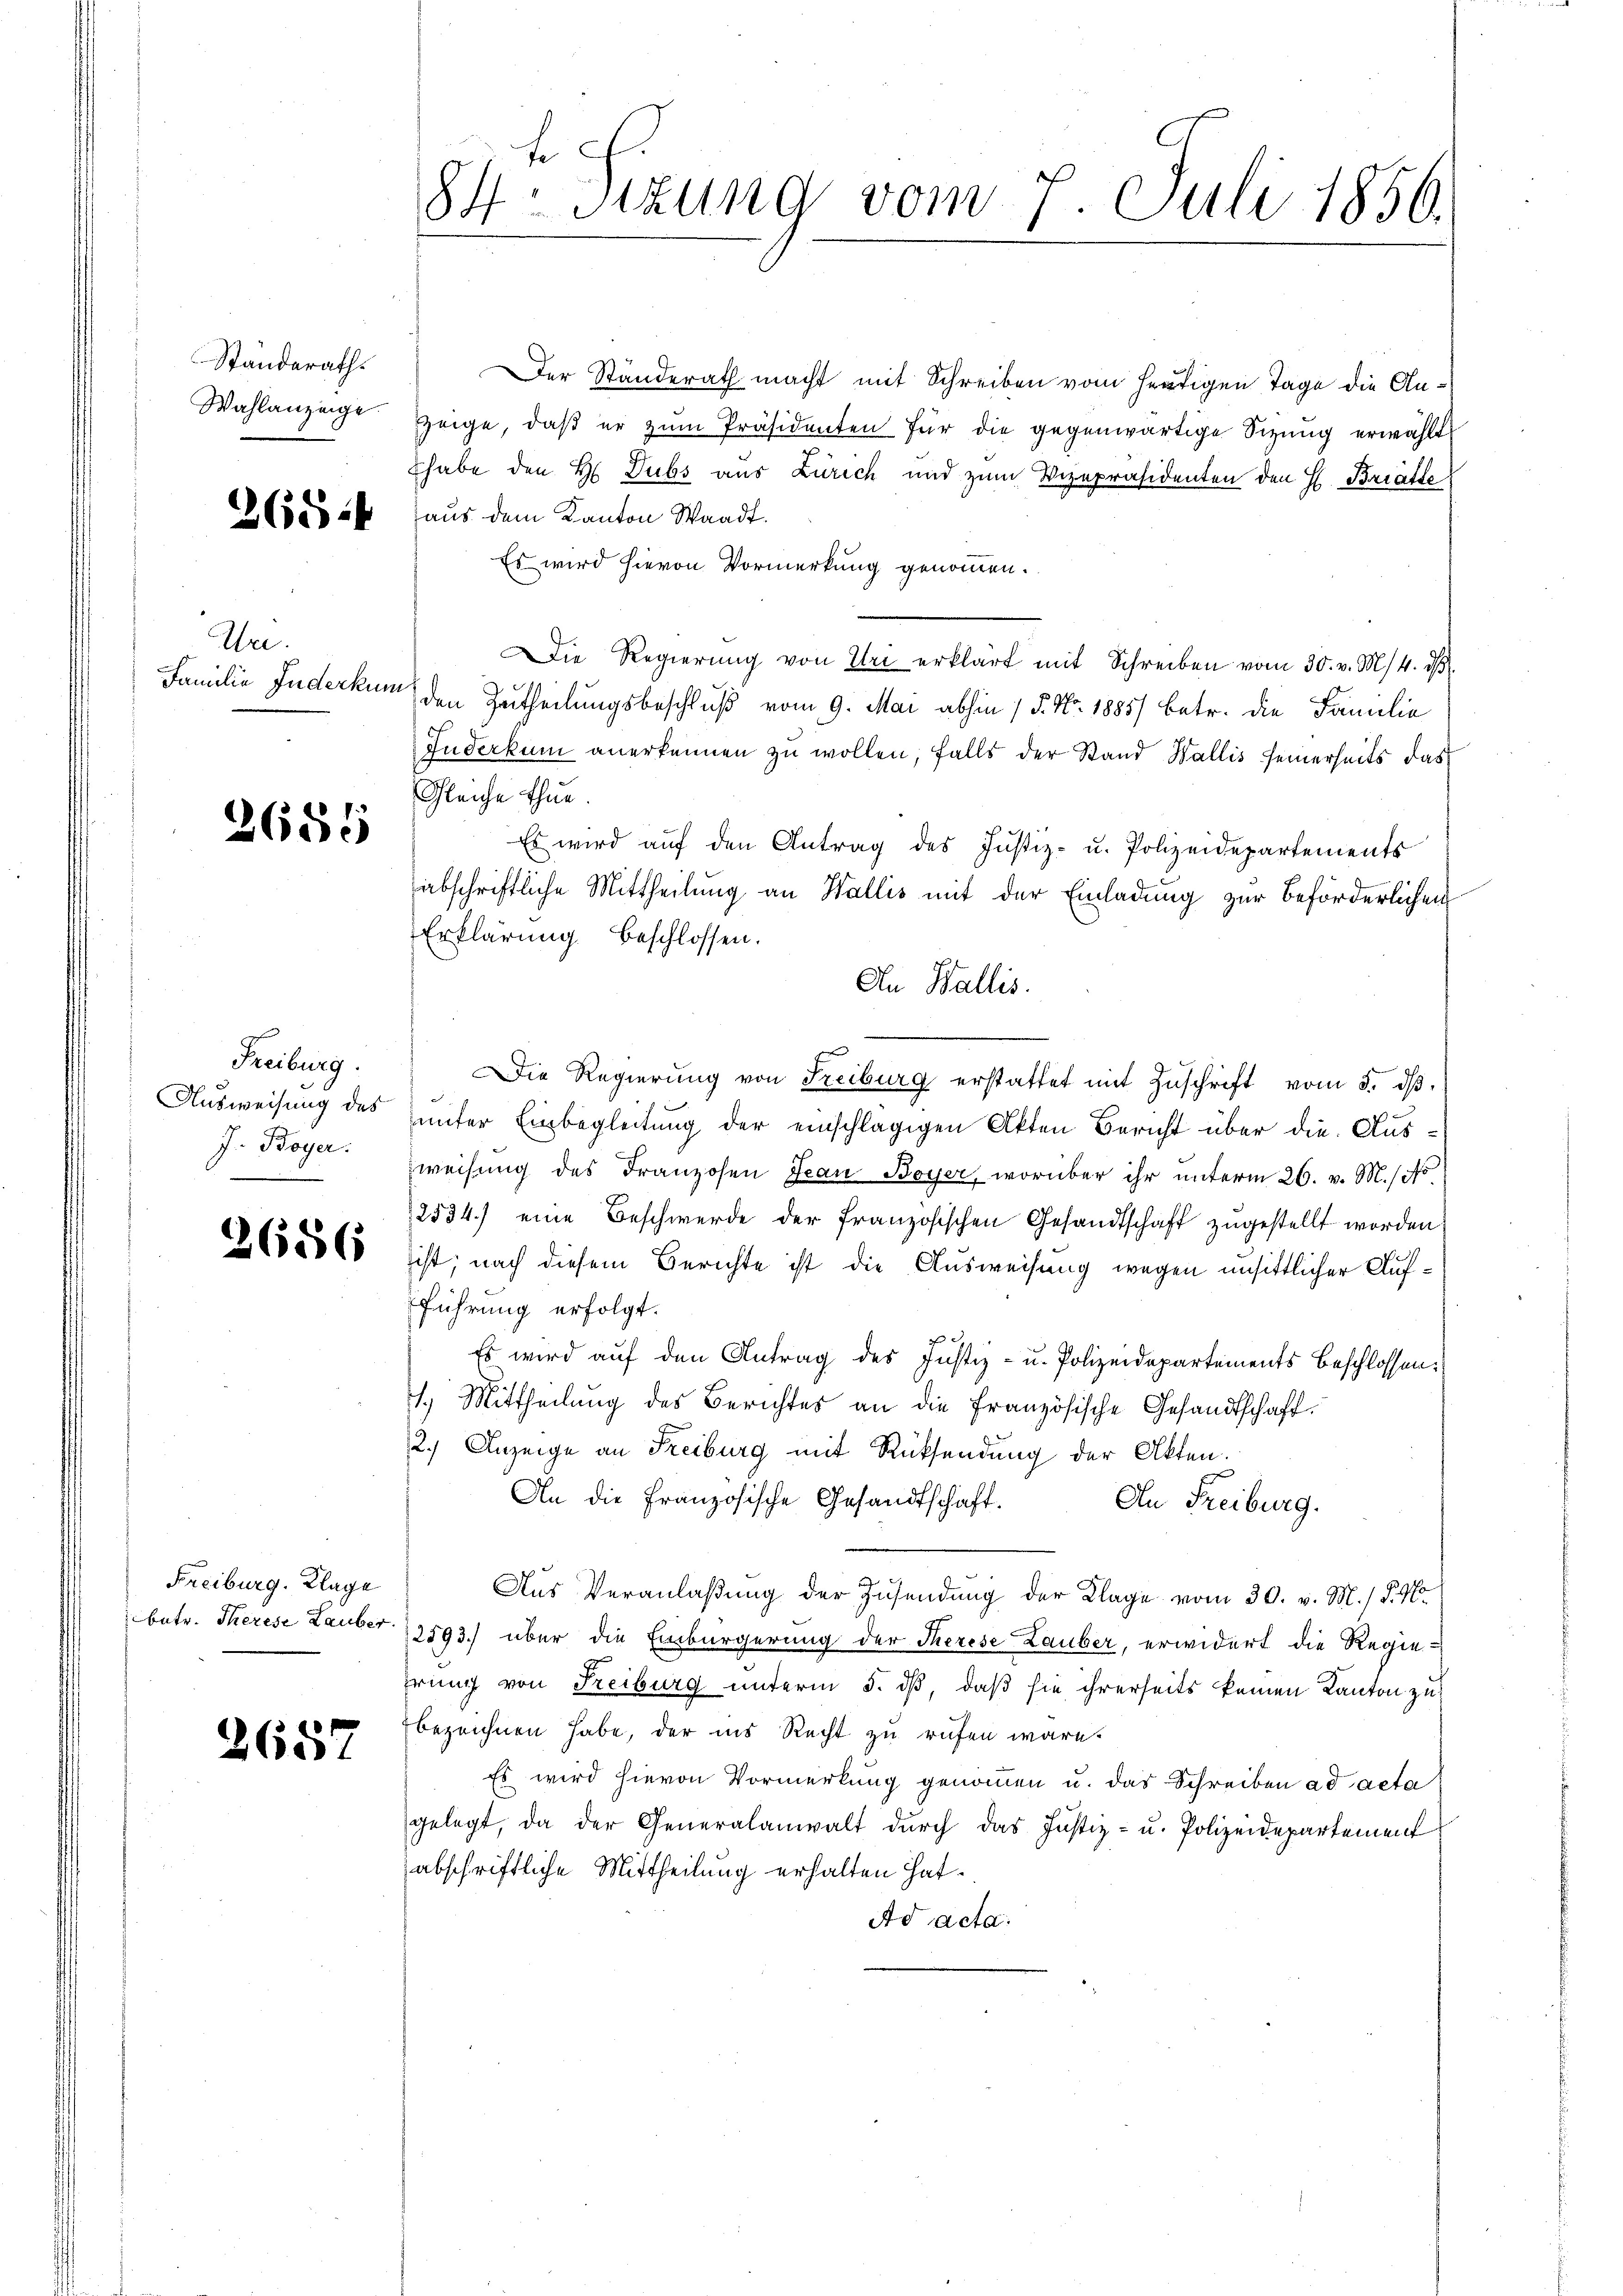
Standerath

We.

2688

Freiburg.
J. Boyer.

Freiburg. Klage

2657

Der Ständerath macht mit Schreiben vom heutigen Tage die An¬
Wahlanzeige zeige, daβ er zŭm Präsidenten für die gegenwärtige Sizung erwählt
thabe den H. Dubs aus Zürich und zum Vizepräsidenten den H. Briätte
6500 ist aus dem Kanton Waadt.
Es wird hievon Vormerkung genommen.
Die Regierŭng von Uri erklärt mit Schreiben vom 30. v. M. 4. dβ.
Familie Inderkum, den Zutheilungsbeschluß vom 9. Mai abhin / 5. No. 1885/ betr. die Familie
Inderkum anerkennen zu wollen, falls der Stand Wallis seinerseits das
Gleiche thue
Es wird aŭf den Antrag des Justiz- u. Polizeidepartements
abschriftliche Mittheilung an Wallis mit der Einladung zur Beförderlichen
Erklärung beschlossen:
An Wallis.
Die Regierung von Freiburg erstattet mit Zŭschrift vom 5. dβ.
Ausweisung des unter Einbegleitung der einschlägigen Akten Bericht über die Ausweisung des Franzosen Jean Boyer, worüber ihr unterm 26. v. M. so
2534.) eine Beschwerde der französischen Gesandtschaft zugestellt worden,
2650000 ist; nach diesem Berichte ist die Ausweisung wegen unsittlicher Aufführung erfolgt.
Es wird auf den Antrag des Justiz- u. Polizeidepartements Beschlossen¬
1.) Mittheilung des Berichtes an die Französische Gesandtschaft.
2.) Anzeige an Freiburg mit Rücksendung der Akten.
An die Französische Gesandtschaft.
An Freiburg.
Aus Veranlaßung der Zusendung der Klage vom 30. v. M.) P. M.
betr. Therese Lauber. 12593.) über die Einbürgerung der Therese Lauber, erwidert die Regiehrung von Freiburg unterm 5. dß, daß sie ihrerseits keinen Kanton zu
bezeichnen habe, der ins Recht zu rufen wäre.
Es wird hievon Vormerkung genommen u. das Schreiben ad acta
gelegt, da der Generalanwalt dŭrch das Justiz- u. Polizeidepartement
abschriftliche Mittheilung erhalten hat.
Ad acta.

te
84. Sitzung vom 7. Juli 1856.